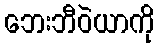
ဘေးဘီဝဲယာကို